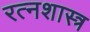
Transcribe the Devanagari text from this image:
रत्नशास्त्र